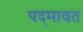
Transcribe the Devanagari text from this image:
पद्‍मावत